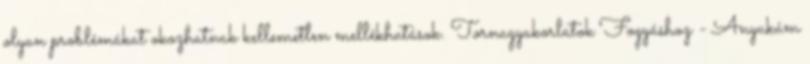
olyan problémákat okozhatnak kellemetlen mellékhatások. Tornagyakorlatok Fogyáshoz - Anyukám